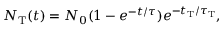
N _ { \mathrm { T } } ( t ) = N _ { 0 } ( 1 - e ^ { - t / \tau } ) e ^ { - t _ { \mathrm { T } } / \tau _ { \mathrm { T } } } ,